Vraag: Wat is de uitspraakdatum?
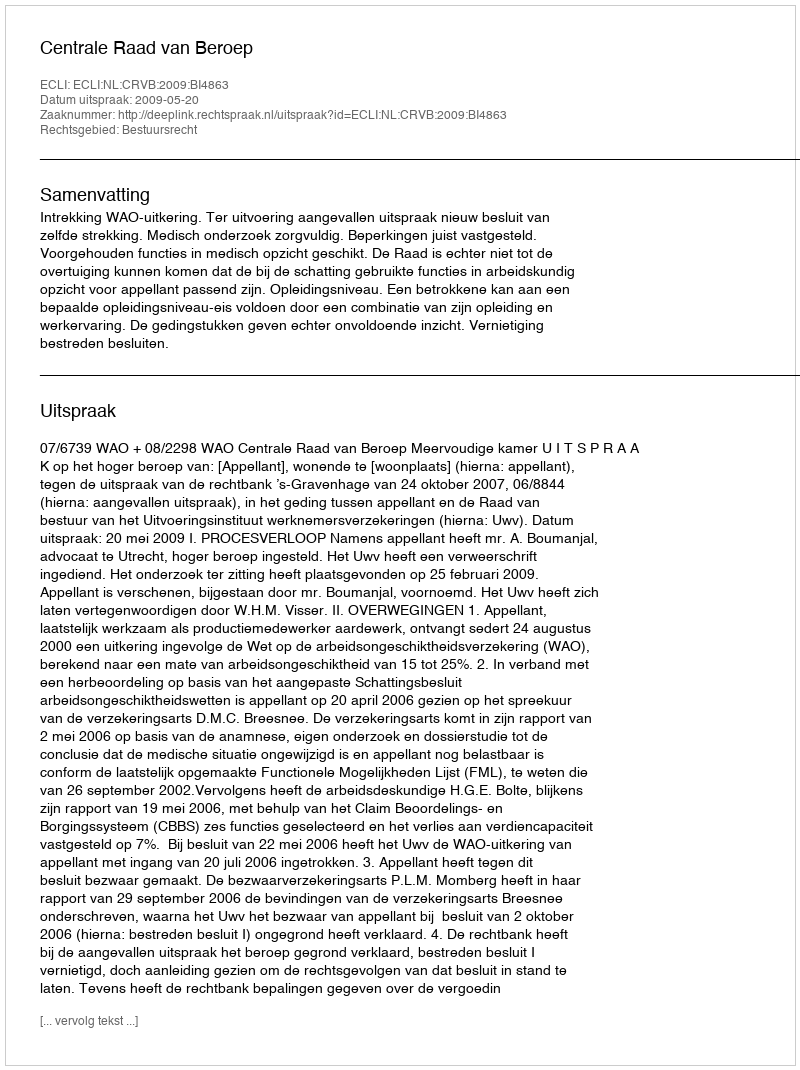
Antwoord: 2009-05-20